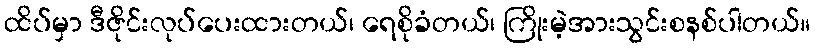
ထိပ်မှာ ဒီဇိုင်းလုပ်ပေးထားတယ်၊ ရေစိုခံတယ်၊ ကြိုးမဲ့အားသွင်းစနစ်ပါတယ်။